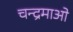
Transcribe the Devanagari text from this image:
चन्द्रमाओ